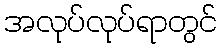
အလုပ်လုပ်ရာတွင်